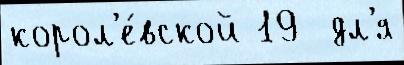
корол'е́вской 19  дл'я